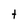
Character: t